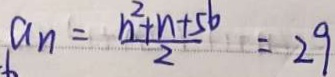
a _ { n } = \frac { n ^ { 2 } + n + 5 b } { 2 } = 2 9